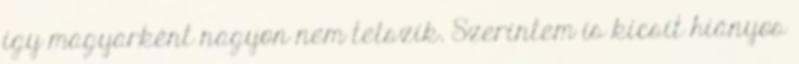
így magyarként nagyon nem tetszik. Szerintem is kicsit hiányos